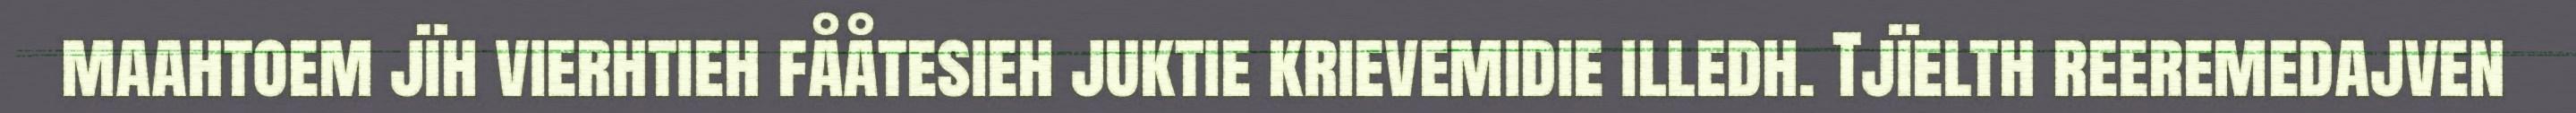
maahtoem jïh vierhtieh fååtesieh juktie krievemidie illedh. Tjïelth reeremedajven